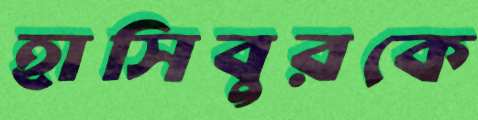
হাসিবুরকে